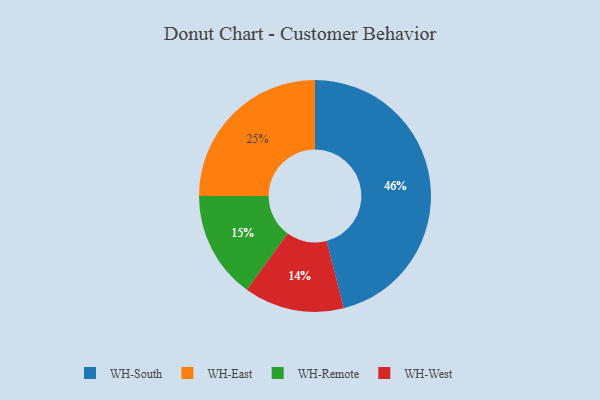
{"axis": {"x": "Category", "y": "Percentage"}, "legend": ["WH-East", "WH-Remote", "WH-South", "WH-West"], "data": [{"x": "WH-South", "y": 46, "type": "WH-South"}, {"x": "WH-Remote", "y": 15, "type": "WH-Remote"}, {"x": "WH-West", "y": 14, "type": "WH-West"}, {"x": "WH-East", "y": 25, "type": "WH-East"}]}